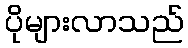
ပိုများလာသည်